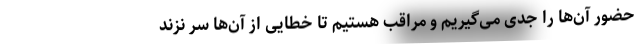
حضور آن‌ها را جدی می‌گیریم و مراقب هستیم تا خطایی از آن‌ها سر نزند